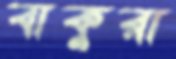
বাকুরা